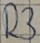
Text: R3